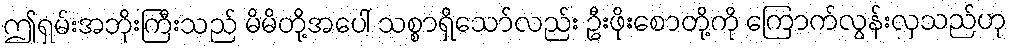
ဤရှမ်းအဘိုးကြီးသည် မိမိတို့အပေါ် သစ္စာရှိသော်လည်း ဦးဖိုးစောတို့ကို ကြောက်လွန်းလှသည်ဟု